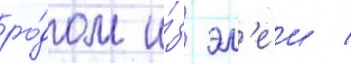
ро́дом и́з эл'еи /